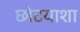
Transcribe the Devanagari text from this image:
छोटयाशा